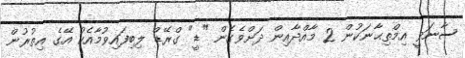
ސާނަވީ އިމްތިޙާނަކުން 2 މާއްދާއިން ދަށްވެގެން "ޑީ" ގްރޭޑް ލިބިފައިވުމާއެކު އޭގެ އިތުރުން